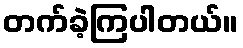
တက်ခဲ့ကြပါတယ်။